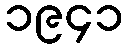
၁၉၄၁